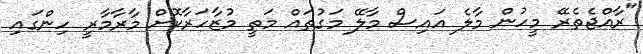
"ރާއްޖެތެރޭ މީހުން މާލެ އައިސް މާލޭ މަގުތައް މަތީ މުޒާހަރާކޮށް މާރާމާރީ ހިންގައި